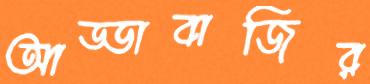
আড্ডাবাজির